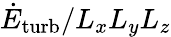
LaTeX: \dot{E}_{\mathrm{turb}}/L_{x}L_{y}L_{z}